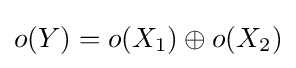
o(Y)=o(X_{1})\oplus o(X_{2})